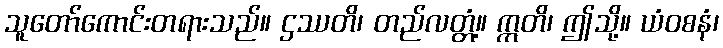
သူတော်ကောင်းတရားသည်။ ဌဿတိ၊ တည်လတ္တံ့။ ဣတိ၊ ဤသို့။ ယံဝစနံ၊